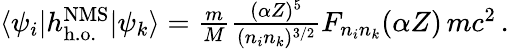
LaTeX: \begin{array}{r}{\langle\psi_{i}|h_{\mathrm{h.o.}}^{\mathrm{NMS}}|\psi_{k}\rangle=\frac{m}{M}\frac{(\alpha Z)^{5}}{(n_{i}n_{k})^{3/2}}F_{n_{i}n_{k}}(\alpha Z)\, mc^{2}\, .}\end{array}